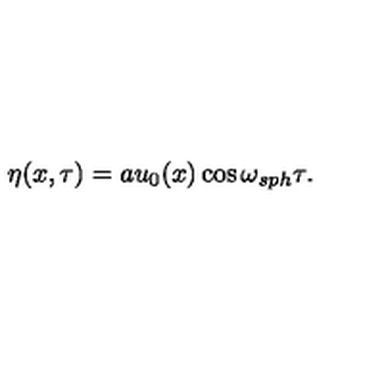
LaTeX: \eta ( x , \tau ) = a u _ { 0 } ( x ) \cos \omega _ { s p h } \tau .